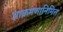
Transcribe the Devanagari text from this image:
आक्रमणानिमित्त